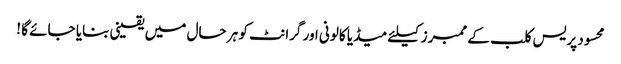
محسود پریس کلب کے ممبرز کیلئے میڈیا کالونی اور گرانٹ کو ہر حال میں یقینی بنایا جائے گا !